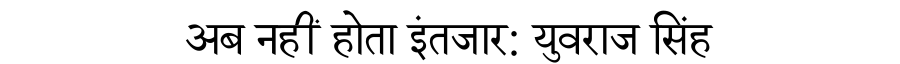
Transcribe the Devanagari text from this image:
अब नहीं होता इंतजार: युवराज सिंह